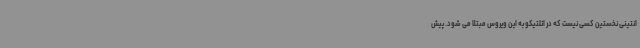
انتینی نخستین کسی نیست که در اتلتیکو به این ویروس مبتلا می شود. پیش